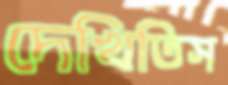
দেখিতিস